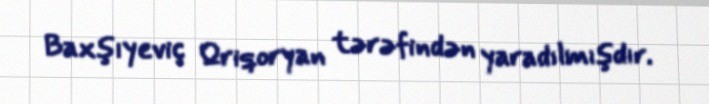
Baxşıyeviç Qriqoryan tərəfindən yaradılmışdır.